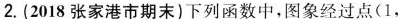
2.(2018张家港市期末)下列函数中，图象经过点(1，